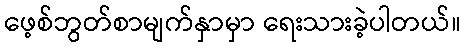
ဖေ့စ်ဘွတ်စာမျက်နှာမှာ ရေးသားခဲ့ပါတယ်။